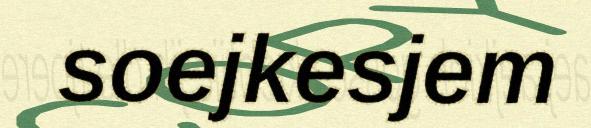
soejkesjem